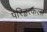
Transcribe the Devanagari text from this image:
परिहृत्कला